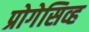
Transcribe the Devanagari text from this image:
प्रोगेसिव्ह